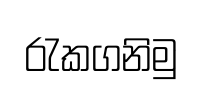
රැකගනිමු